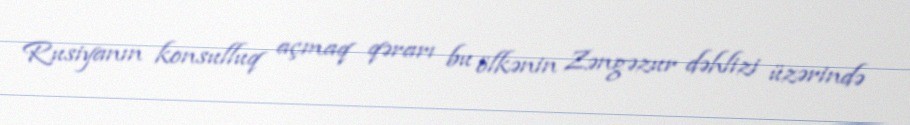
Rusiyanın konsulluq açmaq qərarı bu ölkənin Zəngəzur dəhlizi üzərində